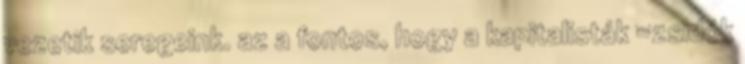
vezetik seregeink. az a fontos, hogy a kapitalisták =zsidók